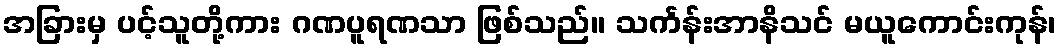
အခြားမှ ပင့်သူတို့ကား ဂဏပူရဏသာ ဖြစ်သည်။ သင်္ကန်းအာနိသင် မယူကောင်းကုန်၊